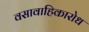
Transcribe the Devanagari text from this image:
वसावाहिकारोध